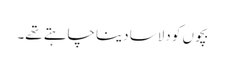
بچوں کو دلاسا دینا چاہتے تھے۔